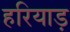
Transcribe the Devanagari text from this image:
हरियाड़